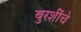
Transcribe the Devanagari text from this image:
बुरशींचे